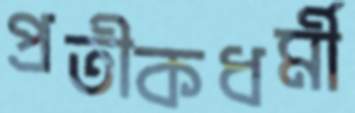
প্রতীকধর্মী